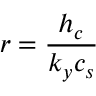
r = { \frac { h _ { c } } { k _ { y } c _ { s } } }